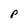
Character: P